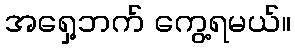
အရှေ့ဘက် ကွေ့ရမယ်။